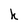
Character: k